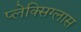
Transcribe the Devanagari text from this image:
प्लेक्सिग्लास